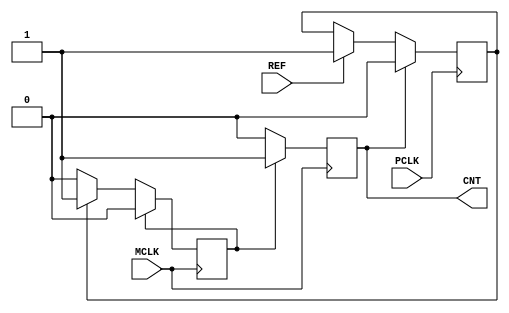
`timescale 1ns / 1ps
//////////////////////////////////////////////////////////////////////////////////
// Company: 
// Engineer: 
// 
// Design Name: 
// Module Name:    REFPULSECOUNT 
// Project Name: 
// Target Devices: 
// Tool versions: 
// Description: 
//
// Dependencies: 
//
// Revision: 
// Revision 0.01 - File Created
// Additional Comments: 
//
//////////////////////////////////////////////////////////////////////////////////
module REFPULSECOUNT(
    input REF,
	 input MCLK,
    input PCLK,
    output CNT
    );

	reg enable;
	reg pulseok;
	reg waitstage;
	reg pulse;
	initial begin
		enable <= 0;
		pulseok <= 0;
		waitstage <= 0;
		pulse <= 0;
	end


	always @(posedge PCLK) begin
		if (pulse) begin
			pulseok <= 0;
			enable <= 1;
		end else if (REF) begin
			pulseok <= 1;
			enable <= 0;
		end
	end
	always @(posedge MCLK) begin
		if (waitstage) begin
			waitstage <= 0;
		end else if (pulseok) begin
			waitstage <= 1;
		end 
	end
	always @(posedge MCLK) begin
		if (waitstage) begin
			pulse <= 1;
		end else if (pulse) begin
			pulse <= 0;
		end
	end
	assign CNT = pulse;
endmodule